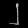
Digit: ၂